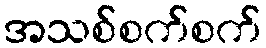
အသစ်စက်စက်